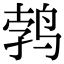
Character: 鹁